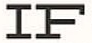
IF